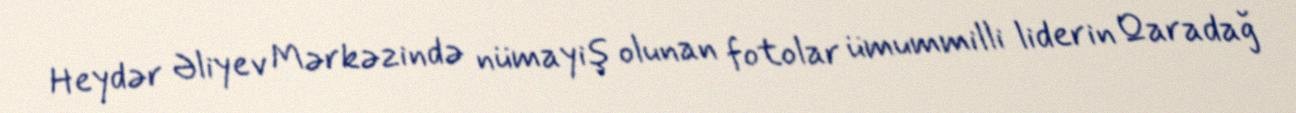
Heydər Əliyev Mərkəzində nümayiş olunan fotolar ümummilli liderin Qaradağ